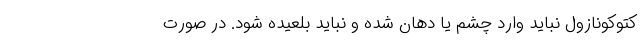
کتوکونازول نباید وارد چشم یا دهان شده و نباید بلعیده شود. در صورت